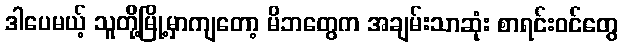
ဒါပေမယ့် သူတို့မြို့မှာကျတော့ မိဘတွေက အချမ်းသာဆုံး စာရင်းဝင်တွေ